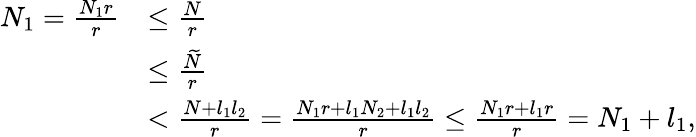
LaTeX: \begin{array}{rl}{N_{1}=\frac{N_{1}r}{r}}&{\leq\frac{N}{r}}\\ &{\leq\frac{\widetilde{N}}{r}}\\ &{<\frac{N+l_{1}l_{2}}{r}=\frac{N_{1}r+l_{1}N_{2}+l_{1}l_{2}}{r}\leq\frac{N_{1}r+l_{1}r}{r}=N_{1}+l_{1},}\end{array}